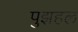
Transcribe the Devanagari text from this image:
पुझहल